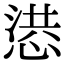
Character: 𢝳